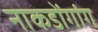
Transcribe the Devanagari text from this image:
नाकडोंगांग